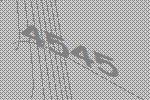
4545